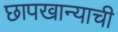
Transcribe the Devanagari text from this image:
छापखान्याची